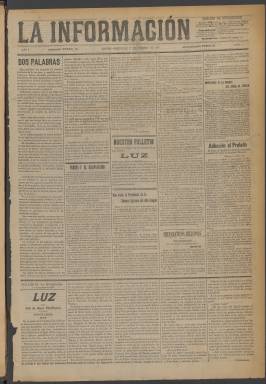
Título: La Información (Madrid. 1899)
Colección: Periódicos
Ámbito geográfico: Madrid
Lugar de publicación: Madrid
Fechas: 01/02/1899-09/09/1899